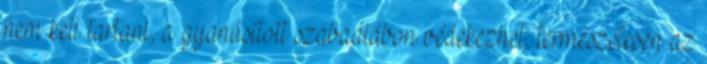
nem kell tartani, a gyanúsított szabadlábon védekezhet, természetesen az